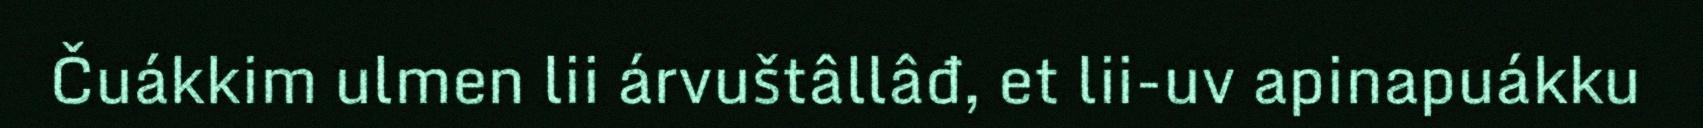
Čuákkim ulmen lii árvuštâllâđ, et lii-uv apinapuákku